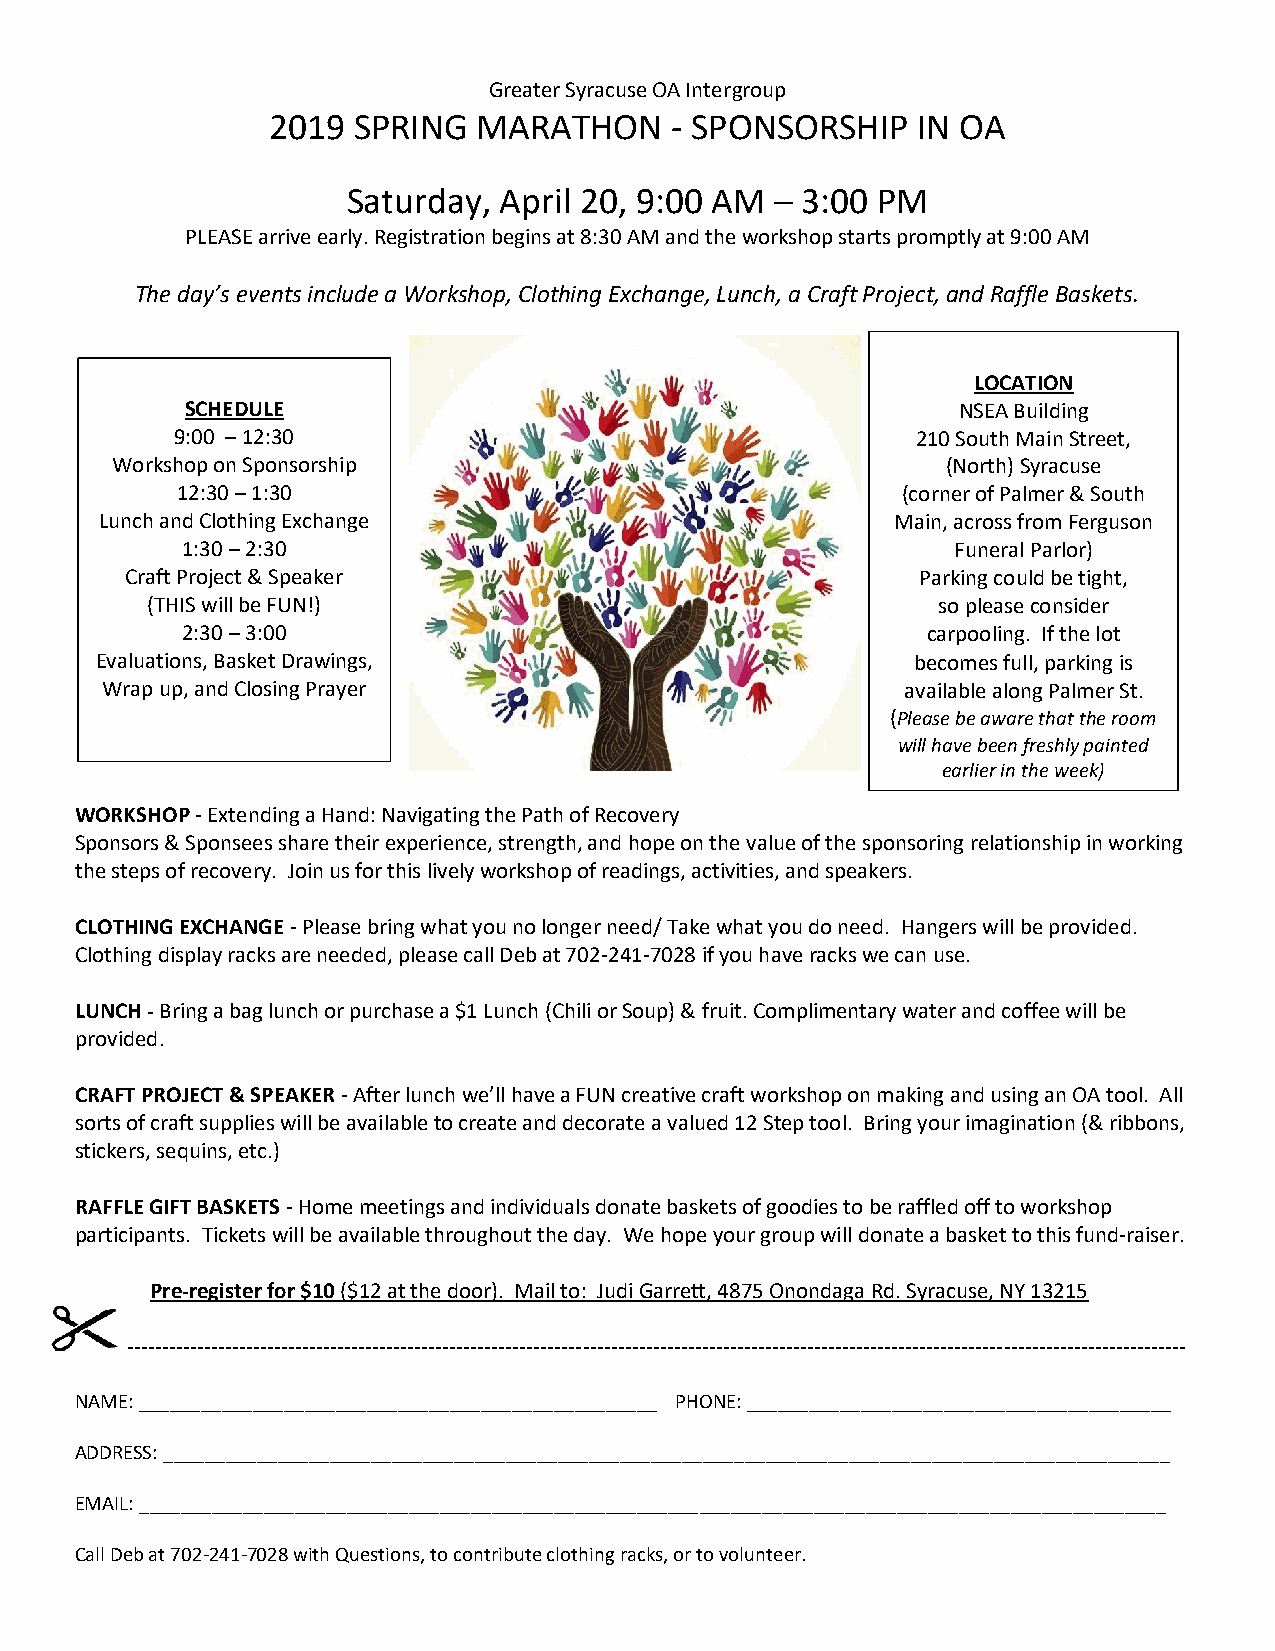
Greater Syracuse OA Intergroup
 2019 SPRING   MARATHON    - SPONSORSHIP    IN OA
 Saturday, April 20, 9:00 AM – 3:00 PM
 PLEASE arrive early. Registration begins at 8:30 AM and the workshop starts promptly at 9:00 AM
 The day’s events include a Workshop, Clothing Exchange, Lunch, a Craft Project, and Raffle Baskets.
 LOCATION
 SCHEDULE                                           NSEA Building
 9:00 – 12:30                                     210 South Main Street,
 Workshop on Sponsorship                                 (North) Syracuse
 12:30 – 1:30                                    (corner of Palmer & South
 Lunch and Clothing Exchange                         Main, across from Ferguson
 1:30 – 2:30                                        Funeral Parlor)
 Craft Project & Speaker                              Parking could be tight,
 (THIS will be FUN!)                                 so please consider
 2:30 – 3:00                                      carpooling. If the lot
 Evaluations, Basket Drawings,                          becomes full, parking is
 Wrap up, and Closing Prayer                          available along Palmer St.
 (Please be aware that the room
 will have been freshly painted
 earlier in the week)
 WORKSHOP - Extending a Hand: Navigating the Path of Recovery
 Sponsors & Sponsees share their experience, strength, and hope on the value of the sponsoring relationship in working
 the steps of recovery. Join us for this lively workshop of readings, activities, and speakers.
 CLOTHING EXCHANGE - Please bring what you no longer need/ Take what you do need. Hangers will be provided.
 Clothing display racks are needed, please call Deb at 702-241-7028 if you have racks we can use.
 LUNCH - Bring a bag lunch or purchase a $1 Lunch (Chili or Soup) & fruit. Complimentary water and coffee will be
 provided.
 CRAFT PROJECT & SPEAKER - After lunch we’ll have a FUN creative craft workshop on making and using an OA tool. All
 sorts of craft supplies will be available to create and decorate a valued 12 Step tool. Bring your imagination (& ribbons,
 stickers, sequins, etc.)
 RAFFLE GIFT BASKETS - Home meetings and individuals donate baskets of goodies to be raffled off to workshop
 participants. Tickets will be available throughout the day. We hope your group will donate a basket to this fund-raiser.
 Pre-register for $10 ($12 at the door). Mail to: Judi Garrett, 4875 Onondaga Rd. Syracuse, NY 13215
 -------------------------------------------------------------------------------------------------------------------------------------------------------
 NAME: __________________________________________________ PHONE: _________________________________________
 ADDRESS: _________________________________________________________________________________________________
 EMAIL: ___________________________________________________________________________________________________
 Call Deb at 702-241-7028 with Questions, to contribute clothing racks, or to volunteer.